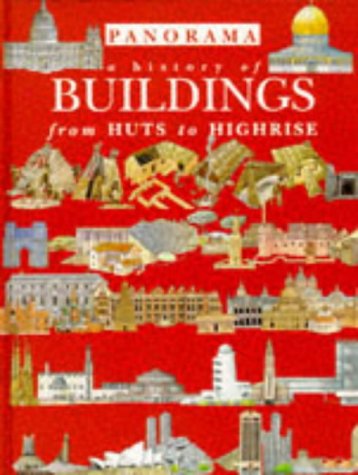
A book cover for History of Buildings From Hut to Highrise (Panorama); Fiona Macdonald; Children's Books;